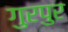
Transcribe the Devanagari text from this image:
गुरपुर